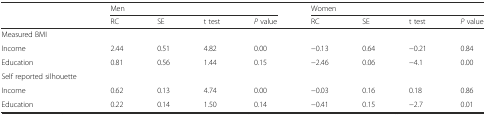
|  | <COLSPAN=4> Men | <COLSPAN=4> Women |
 |  | RC | SE | t test | P value | RC | SE | t test | P value |
 | --- | --- | --- | --- | --- | --- | --- | --- | --- |
 | Measured BMI |  |  |  |  |  |  |  |  |
 | Income | 2.44 | 0.51 | 4.82 | 0.00 | −0.13 | 0.64 | −0.21 | 0.84 |
 | Education | 0.81 | 0.56 | 1.44 | 0.15 | −2.46 | 0.06 | −4.1 | 0.00 |
 | Self reported silhouette |  |  |  |  |  |  |  |  |
 | Income | 0.62 | 0.13 | 4.74 | 0.00 | −0.03 | 0.16 | 0.18 | 0.86 |
 | Education | 0.22 | 0.14 | 1.50 | 0.14 | −0.41 | 0.15 | −2.7 | 0.01 |